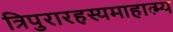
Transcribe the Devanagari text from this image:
त्रिपुरारहस्यमाहात्म्य